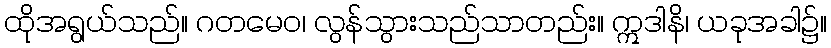
ထိုအရွယ်သည်။ ဂတမေဝ၊ လွန်သွားသည်သာတည်း။ ဣဒါနိ၊ ယခုအခါ၌။